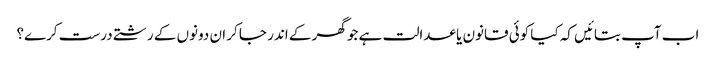
اب آپ بتائیں کہ کیا کوئی قانون یا عدالت ہے جو گھر کے اندر جا کر ان دونوں کے رشتے درست کرے؟